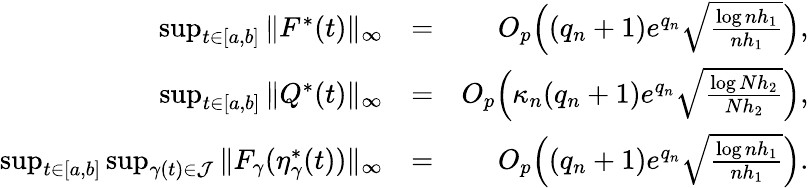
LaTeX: \begin{array}{rlr}{\operatorname*{sup}_{t\in[a,b]}\| F^{*}(t)\| _{\infty}}&{=}&{O_{p}\Big((q_{n}+1)e^{q_{n}}\sqrt{\frac{\log nh_{1}}{nh_{1}}}\Big),}\\ {\operatorname*{sup}_{t\in[a,b]}\| Q^{*}(t)\| _{\infty}}&{=}&{O_{p}\Big(\kappa_{n}(q_{n}+1)e^{q_{n}}\sqrt{\frac{\log Nh_{2}}{Nh_{2}}}\Big),}\\ {\operatorname*{sup}_{t\in[a,b]}\operatorname*{sup}_{\gamma(t)\in\mathcal{J}}\| F_{\gamma}(\eta_{\gamma}^{*}(t))\| _{\infty}}&{=}&{O_{p}\Big((q_{n}+1)e^{q_{n}}\sqrt{\frac{\log nh_{1}}{nh_{1}}}\Big).}\end{array}